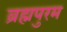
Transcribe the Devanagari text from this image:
ब्रह्मपुरम